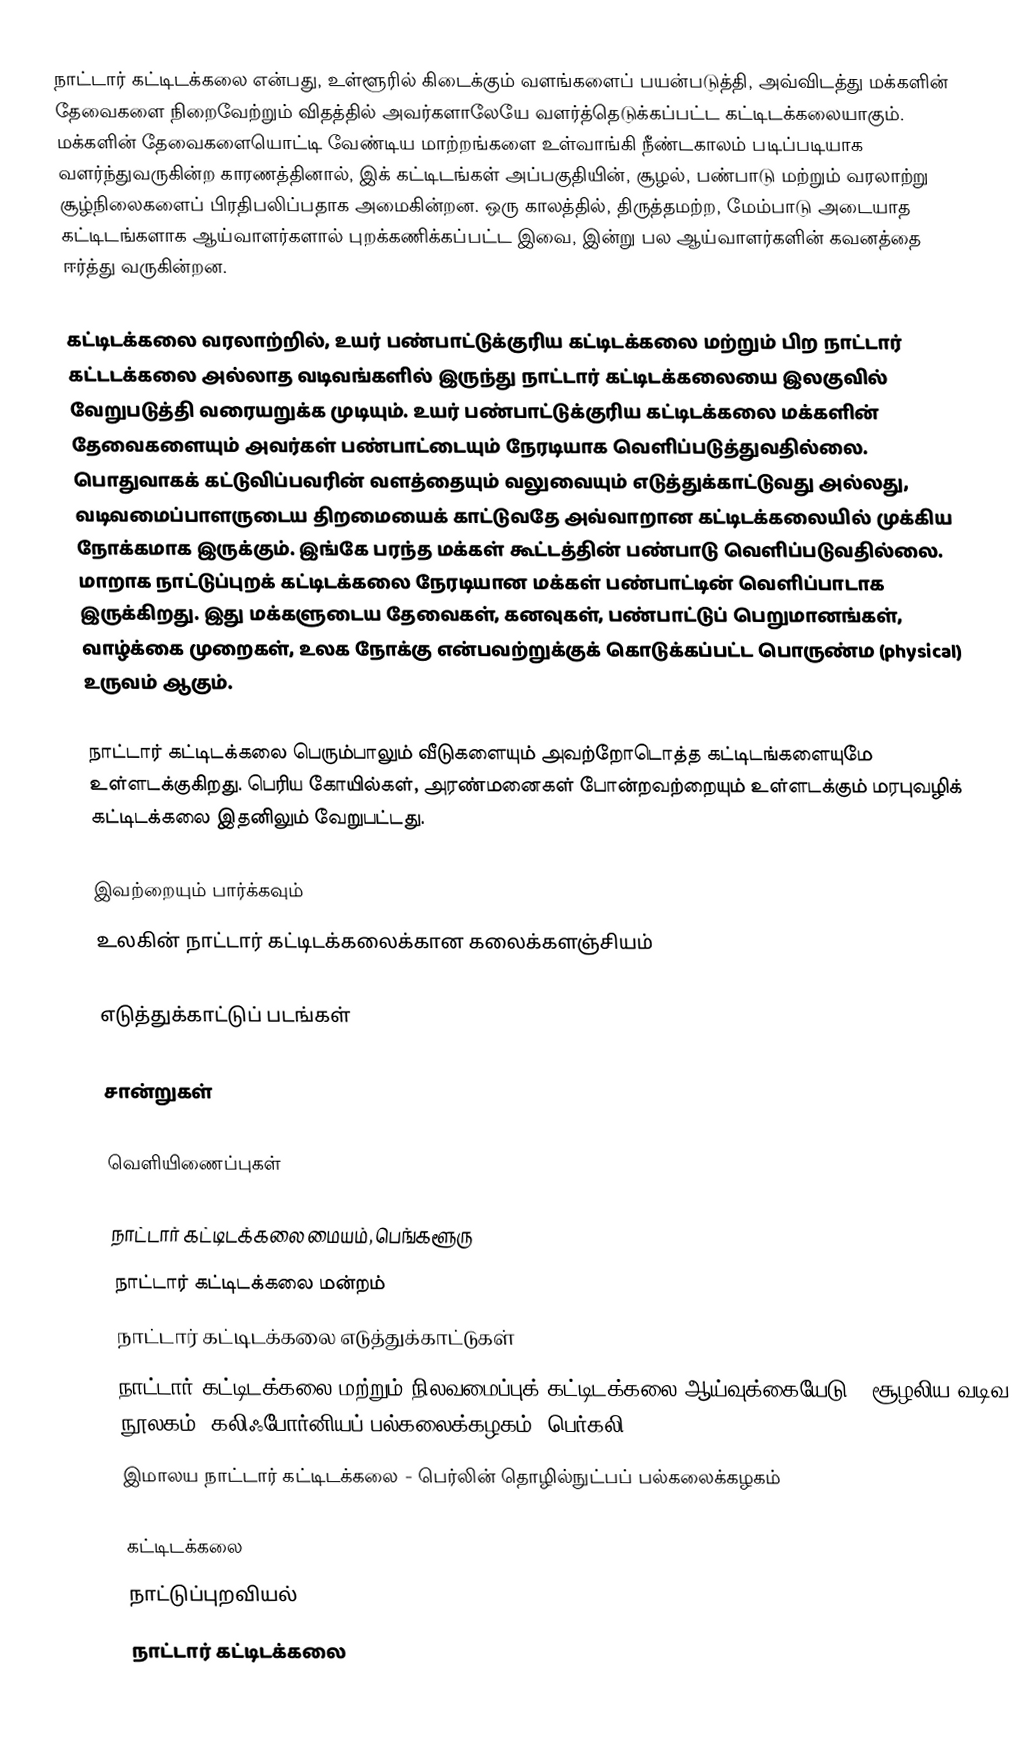
நாட்டார் கட்டிடக்கலை என்பது, உள்ளூரில் கிடைக்கும் வளங்களைப் பயன்படுத்தி, அவ்விடத்து மக்களின் தேவைகளை நிறைவேற்றும் விதத்தில் அவர்களாலேயே வளர்த்தெடுக்கப்பட்ட கட்டிடக்கலையாகும். மக்களின் தேவைகளையொட்டி வேண்டிய மாற்றங்களை உள்வாங்கி நீண்டகாலம் படிப்படியாக வளர்ந்துவருகின்ற காரணத்தினால், இக் கட்டிடங்கள் அப்பகுதியின், சூழல், பண்பாடு மற்றும் வரலாற்று சூழ்நிலைகளைப் பிரதிபலிப்பதாக அமைகின்றன. ஒரு காலத்தில், திருத்தமற்ற, மேம்பாடு அடையாத கட்டிடங்களாக ஆய்வாளர்களால் புறக்கணிக்கப்பட்ட இவை, இன்று பல ஆய்வாளர்களின் கவனத்தை ஈர்த்து வருகின்றன.

கட்டிடக்கலை வரலாற்றில், உயர் பண்பாட்டுக்குரிய கட்டிடக்கலை மற்றும் பிற நாட்டார் கட்டடக்கலை அல்லாத வடிவங்களில் இருந்து நாட்டார் கட்டிடக்கலையை இலகுவில் வேறுபடுத்தி வரையறுக்க முடியும். உயர் பண்பாட்டுக்குரிய கட்டிடக்கலை மக்களின் தேவைகளையும் அவர்கள் பண்பாட்டையும் நேரடியாக வெளிப்படுத்துவதில்லை. பொதுவாகக் கட்டுவிப்பவரின் வளத்தையும் வலுவையும் எடுத்துக்காட்டுவது அல்லது, வடிவமைப்பாளருடைய திறமையைக் காட்டுவதே அவ்வாறான கட்டிடக்கலையில் முக்கிய நோக்கமாக இருக்கும். இங்கே பரந்த மக்கள் கூட்டத்தின் பண்பாடு வெளிப்படுவதில்லை. மாறாக நாட்டுப்புறக் கட்டிடக்கலை நேரடியான மக்கள் பண்பாட்டின் வெளிப்பாடாக இருக்கிறது. இது மக்களுடைய தேவைகள், கனவுகள், பண்பாட்டுப் பெறுமானங்கள், வாழ்க்கை முறைகள், உலக நோக்கு என்பவற்றுக்குக் கொடுக்கப்பட்ட பொருண்ம (physical) உருவம் ஆகும்.

நாட்டார் கட்டிடக்கலை பெரும்பாலும் வீடுகளையும் அவற்றோடொத்த கட்டிடங்களையுமே உள்ளடக்குகிறது. பெரிய கோயில்கள், அரண்மனைகள் போன்றவற்றையும் உள்ளடக்கும் மரபுவழிக் கட்டிடக்கலை இதனிலும் வேறுபட்டது.

இவற்றையும் பார்க்கவும்
 உலகின் நாட்டார் கட்டிடக்கலைக்கான கலைக்களஞ்சியம்

எடுத்துக்காட்டுப் படங்கள்

சான்றுகள்

வெளியிணைப்புகள்

 நாட்டார் கட்டிடக்கலை மையம், பெங்களூரு
 நாட்டார் கட்டிடக்கலை மன்றம்
 நாட்டார் கட்டிடக்கலை எடுத்துக்காட்டுகள்
 நாட்டார் கட்டிடக்கலை மற்றும் நிலவமைப்புக் கட்டிடக்கலை ஆய்வுக்கையேடு – சூழலிய வடிவ நூலகம், கலிஃபோர்னியப் பல்கலைக்கழகம், பெர்கலி
 இமாலய நாட்டார் கட்டிடக்கலை - பெர்லின் தொழில்நுட்பப் பல்கலைக்கழகம்

கட்டிடக்கலை
நாட்டுப்புறவியல்
நாட்டார் கட்டிடக்கலை